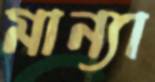
মান্যা